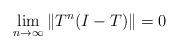
LaTeX: \begin{align*}\lim_{n\to\infty}\|T^n(I-T)\|=0\end{align*}